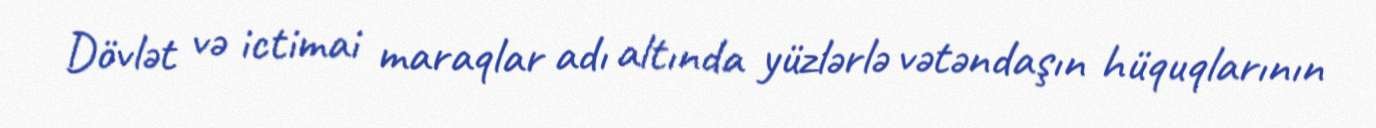
Dövlət və ictimai maraqlar adı altında yüzlərlə vətəndaşın hüquqlarının